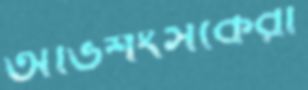
অভিশংসকেরা